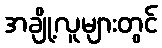
အချို့လူများတွင်